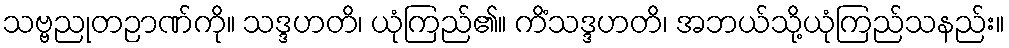
သဗ္ဗညုတဉာဏ်ကို။ သဒ္ဒဟတိ၊ ယုံကြည်၏။ ကိံသဒ္ဒဟတိ၊ အဘယ်သို့ယုံကြည်သနည်း။